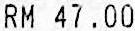
RM 47.00